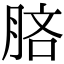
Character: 𣍵